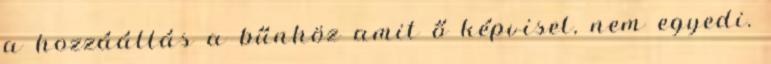
a hozzáállás a bűnhöz amit ő képvisel, nem egyedi.